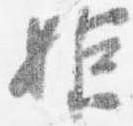
姫